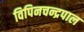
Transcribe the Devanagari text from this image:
विपिनचन्द्रपाल